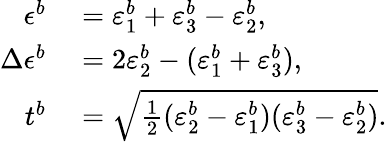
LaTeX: \begin{array}{rl}{\epsilon^{b}}&{{}=\varepsilon_{1}^{b}+\varepsilon_{3}^{b}-\varepsilon_{2}^{b},}\\ {\Delta\epsilon^{b}}&{{}=2\varepsilon_{2}^{b}-(\varepsilon_{1}^{b}+\varepsilon_{3}^{b}),}\\ {t^{b}}&{{}=\sqrt{\frac{1}{2}(\varepsilon_{2}^{b}-\varepsilon_{1}^{b})(\varepsilon_{3}^{b}-\varepsilon_{2}^{b})}.}\end{array}